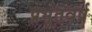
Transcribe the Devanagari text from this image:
प्रभूतवर्ष